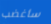
سأغضب